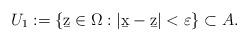
LaTeX: \begin{align*}U_1:=\{ \b z \in\Omega: | \b x-\b z|<\varepsilon\}\subset A.\end{align*}